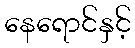
နေရောင်နှင့်